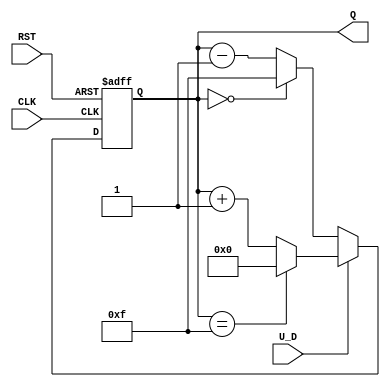
module up_down_counter (
    input wire CLK,      // Clock signal
    input wire RST,      // Asynchronous reset
    input wire U_D,      // Up/Down control signal (1 = Up, 0 = Down)
    output reg [3:0] Q   // 4-bit count output
);

// Parameter for maximum count value
parameter MAX_COUNT = 15; // For a 4-bit counter, max count is 15 (0 to 15)

// Asynchronous reset and counting logic
always @(posedge CLK or posedge RST) begin
    if (RST) begin
        Q <= 4'b0000; // Reset count to 0
    end else begin
        if (U_D) begin
            if (Q == MAX_COUNT) begin
                Q <= 4'b0000; // Wrap around to 0
            end else begin
                Q <= Q + 1; // Increment count
            end
        end else begin
            if (Q == 4'b0000) begin
                Q <= MAX_COUNT; // Wrap around to MAX_COUNT
            end else begin
                Q <= Q - 1; // Decrement count
            end
        end
    end
end

endmodule